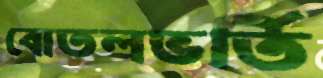
বোতলভর্তি